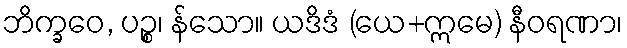
ဘိက္ခဝေ, ပဉ္စ၊ န်သော။ ယဒိဒံ (ယေ+ဣမေ) နီဝရဏာ၊